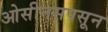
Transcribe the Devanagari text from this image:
ओसीनसपसून